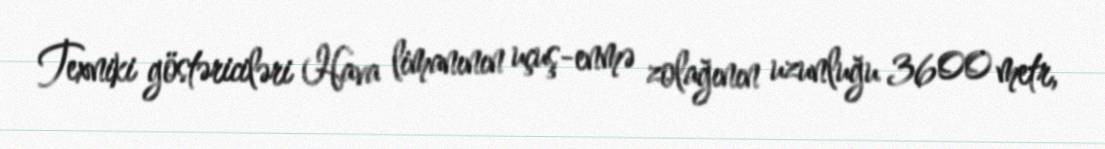
Texniki göstəriciləri Hava limanının uçuş-enmə zolağının uzunluğu 3600 metr,